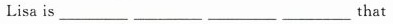
Lisa is _________ _________ __________ _________ that